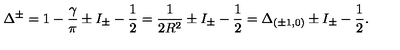
\Delta ^ { \pm } = 1 - \frac { \gamma } { \pi } \pm I _ { \pm } - \frac { 1 } { 2 } = \frac { 1 } { 2 R ^ { 2 } } \pm I _ { \pm } - \frac { 1 } { 2 } = \Delta _ { ( \pm 1 , 0 ) } \pm I _ { \pm } - \frac { 1 } { 2 } .